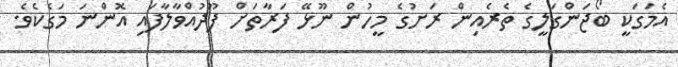
އެމަގަކީ ބޯޖަންގަލީގެ ތެރެއިން ރަށުގެ މީހުން ނޫޅޭ ފަރާތަށް ފޫދުއްވާލާފައި އޮންނަ މަގެކެވެ.